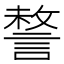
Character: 𧩥